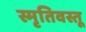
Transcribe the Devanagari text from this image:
स्मृतिवस्तू